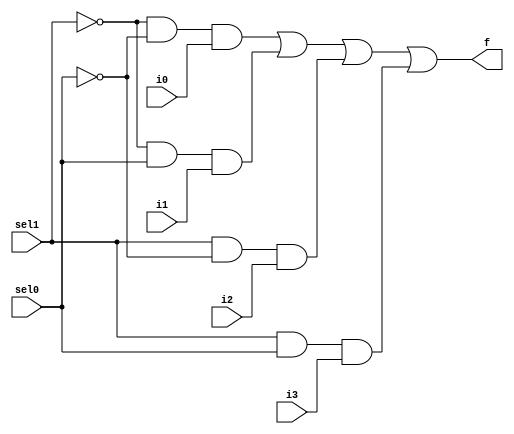
// #######################################################################
// # Copyright (C)                                                       #
// # 2023 Nima Akbarzade (iw4p@protonmail.com)                           #
// # Permission given to modify the code as long as you keep this        #
// # declaration at the top                                              #
// #######################################################################

module mux4to1(sel1, sel0, i0, i1, i2, i3, f);
  input i0, i1, i2, i3, sel1, sel0;
  output f;
  wire w1, w2, w3, w4, nsel1, nsel0;
  
  not(nsel1, sel1);
  not(nsel0, sel0);
  
  and(w1, nsel1, nsel0, i0);
  and(w2, nsel1, sel0, i1);
  and(w3, sel1, nsel0, i2);
  and(w4, sel1, sel0, i3);
  or(f, w1, w2, w3, w4);
  
endmodule

module test_mux4to1;
  reg i0t,  i1t, i2t, i3t, sel1t, sel0t;
  wire q;
  mux4to1 mux(.sel1(sel1t), .sel0(sel0t), .i0(i0t), .i1(i1t), .i2(i2t), .i3(i3t), .f(q));
  initial begin
    $monitor("sel1=%b, sel0=%b, i0=%b, i1=%b, i2=%b, i3=%b => f=%b ", sel1t, sel0t, i0t, i1t, i2t, i3t, q);
    sel1t=1'b0; sel0t=1'b0; i0t=1'b1; i1t=1'b0; i2t=1'b0; i3t=1'b0;
    #10
    sel1t=1'b0; sel0t=1'b1; i0t=1'b0; i1t=1'b1; i2t=1'b0; i3t=1'b0;
    #10
    sel1t=1'b1; sel0t=1'b0; i0t=1'b0; i1t=1'b0; i2t=1'b1; i3t=1'b0;
    #10
    sel1t=1'b1; sel0t=1'b1; i0t=1'b0; i1t=1'b0; i2t=1'b0; i3t=1'b1;
    #10
    
    sel1t=1'b0; sel0t=1'b0; i0t=1'b0; i1t=1'b1; i2t=1'b1; i3t=1'b1;
    #10
    sel1t=1'b0; sel0t=1'b1; i0t=1'b1; i1t=1'b0; i2t=1'b1; i3t=1'b1;
    #10
    sel1t=1'b1; sel0t=1'b0; i0t=1'b1; i1t=1'b1; i2t=1'b0; i3t=1'b1;
    #10
    sel1t=1'b1; sel0t=1'b1; i0t=1'b1; i1t=1'b1; i2t=1'b1; i3t=1'b0;
    
  end
endmodule